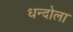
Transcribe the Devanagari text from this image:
धन्दोला